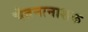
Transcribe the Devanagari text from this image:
चेतनानाशक